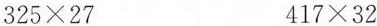
$$3 2 5 \times 2 7$$$$4 1 7 \times 3 2